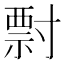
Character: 𡬽